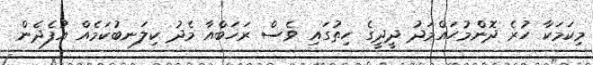
މިކަމަކާ ހުރެ ދޮންމުޙައްމަދު ދީދީގެ ހިތުގައި ވެސް ރަޚަބްއާ މެދު ކިލަނބުކަމެއް އުފެދެން